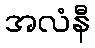
အလံနီ